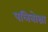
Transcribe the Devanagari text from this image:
पलिबोथ्रा